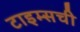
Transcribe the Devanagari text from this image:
टाइम्सची